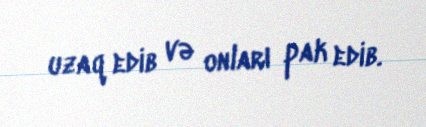
uzaq edib və onları pak edib.